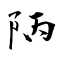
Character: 陃